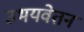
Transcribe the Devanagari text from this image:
उभयवेतन